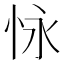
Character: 怺